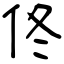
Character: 佟